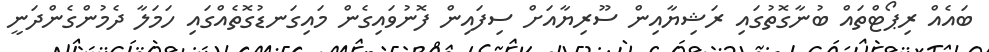
ބައެއް ރިޕޯޓްތައް ބުނާގޮތުގައި ރަޝިޔާއިން ސޫރިޔާއަށް ސިފައިން ފޮނުވައިގެން މައިގަނޑުގޮތެއްގައި ހަމަލާ ދެމުންގެންދަނީ